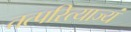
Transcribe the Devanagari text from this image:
तत्परित्याज्यं